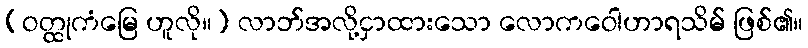
(ဝတ္ထုကံမြေ ဟူလို။) လာဘ်အလို့ငှာထားသော လောကဝေါဟာရသိမ် ဖြစ်၏။